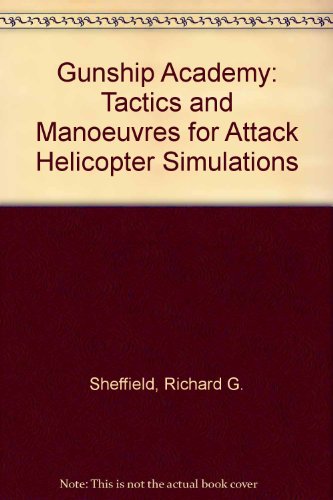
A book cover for Gunship Academy: Tactics and Maneuvers for Attack Helicopter Simulations; Richard G. Sheffield; Science Fiction & Fantasy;